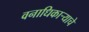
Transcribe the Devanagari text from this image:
वनाधिकार्‍याचे